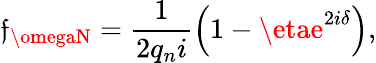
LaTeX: \mathfrak{f}_{\omegaN}=\frac{{1}}{{2q_{n}i}}\left(1-\etae^{2i\delta}\right),